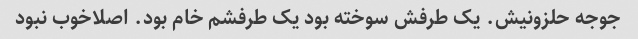
جوجه حلزونیش. یک طرفش سوخته بود یک طرفشم خام بود. اصلاخوب نبود